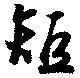
短